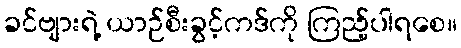
ခင်ဗျားရဲ့ ယာဉ်စီးခွင့်ကဒ်ကို ကြည့်ပါရစေ။